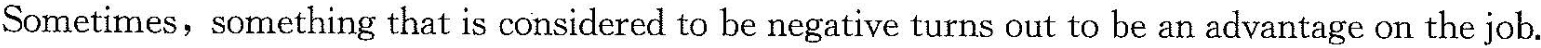
Sometimes, something that is considered to be negative turns out to be anadvantage on the job.